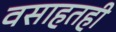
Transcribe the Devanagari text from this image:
वसाहतही